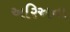
અરિઅના